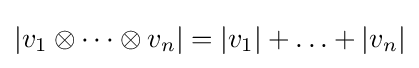
|v_{1}\otimes \cdots \otimes v_{n}|=|v_{1}|+\ldots +|v_{n}|